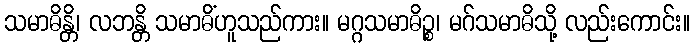
သမာဓိန္တိ၊ လဘန္တိ သမာဓိံဟူသည်ကား။ မဂ္ဂသမာဓိဉ္စ၊ မဂ်သမာဓိသို့ လည်းကောင်း။